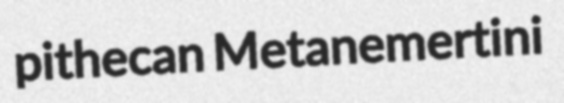
pithecan Metanemertini